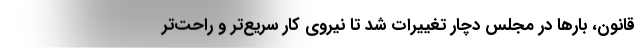
قانون، بارها در مجلس دچار تغییرات شد تا نیروی کار سریع‌تر و راحت‌تر